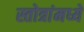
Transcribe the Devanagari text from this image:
स्तोत्रांमध्ये